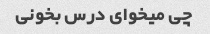
چی میخوای درس بخونی